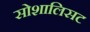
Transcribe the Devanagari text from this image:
सोशालिसट